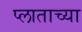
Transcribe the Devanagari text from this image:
प्लाताच्या